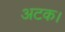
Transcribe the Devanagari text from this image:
अटक।